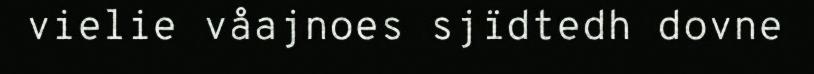
vielie våajnoes sjïdtedh dovne